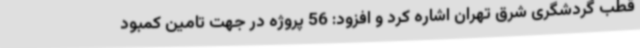
قطب گردشگری شرق تهران اشاره کرد و افزود: 56 پروژه در جهت تامین کمبود